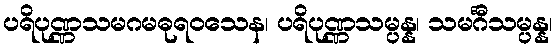
ပရိပုဏ္ဏသမဂမဓုရဝသေန၊ ပရိပုဏ္ဏသမ္ပန္န၊ သမင်္ဂီသမ္ပန္န၊